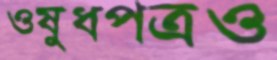
ওষুধপত্রও